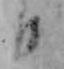
日